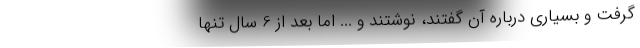
گرفت و بسیاری درباره آن گفتند، نوشتند و ... اما بعد از 6 سال تنها